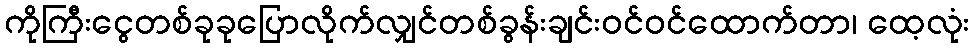
ကိုကြီးငွေတစ်ခုခုပြောလိုက်လျှင်တစ်ခွန်းချင်းဝင်ဝင်ထောက်တာ၊ ထေ့လုံး